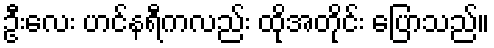
ဦးလေး ဟင်နရီကလည်း ထိုအတိုင်း ပြောသည်။